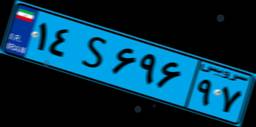
۱۴S۶۹۶۹۷